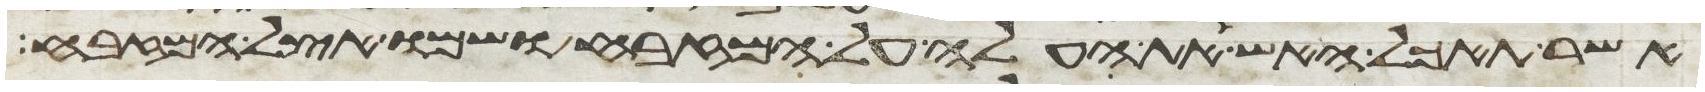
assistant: אשר תאכל האש את העלה על המזבח ושמו אצל המזבח